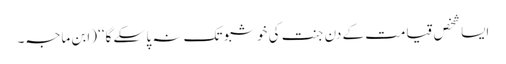
ایسا شخص قیامت کے دن جنت کی خوشبو تک نہ پا سکے گا‘‘ (ابن ماجہ۔